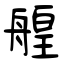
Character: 艎